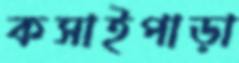
কসাইপাড়া